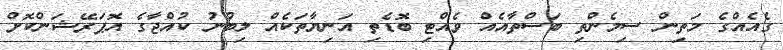
ގެއެއްގެ މަތިން ސިމެންތި ބަސްތާއެއް ވެއްޓި ބޮޑެތި އަނިޔާތަކެއް ލިބުނު ކުއްޖާގެ އޮޕަރޭޝަންކޮށް